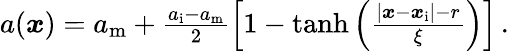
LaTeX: \begin{array}{r}{a(\boldsymbol x)=a_{\mathrm{m}}+\frac{a_{\mathrm{i}}-a_{\mathrm{m}}}{2}\left[1-\operatorname{tanh}\left(\frac{|\boldsymbol x-\boldsymbol x_{\mathrm{i}}|-r}{\xi}\right)\right]\, .}\end{array}